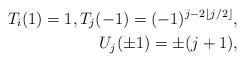
LaTeX: \begin{align*}T_{i}(1)=1,T_{j}(-1)=(-1)^{j-2\left\lfloor j/2\right\rfloor },\\U_{j}(\pm1)=\pm(j+1), \end{align*}